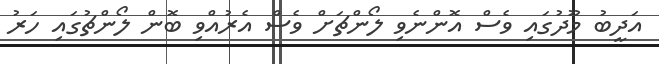
އަދީބު މޫދުގައި ވެސް އޮންނެވި ލޯންޗަށް ވެސް އެރުއްވި ބޮން ލޯންޗުގައި ހަރު